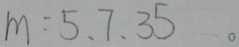
m = 5 、 7 、 3 5 。